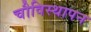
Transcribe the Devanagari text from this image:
चौविस्थापन